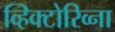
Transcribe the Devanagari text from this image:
व्हिक्टोरिव्ना